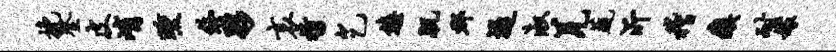
挽登皮峭曛终夥哀哲乞悠肌郡堤淑羌蔬沂稽瘼耐嫁